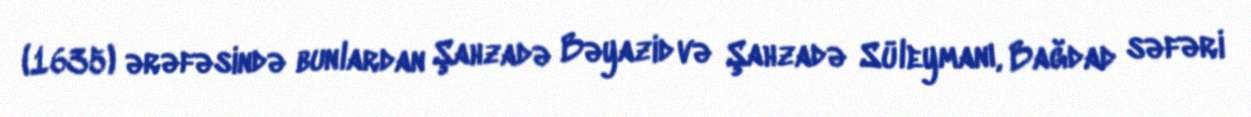
(1635) ərəfəsində bunlardan Şahzadə Bəyazid və Şahzadə Süleymanı, Bağdad səfəri